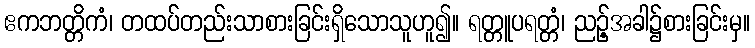
ဧကဘတ္တိကံ၊ တထပ်တည်းသာစားခြင်းရှိသောသူဟူ၍။ ရတ္တူပရတ္တံ၊ ညဉ့်အခါ၌စားခြင်းမှ။